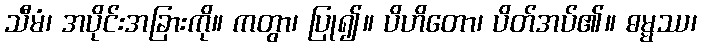
သီမံ၊ အပိုင်းအခြားကို။ ကတွာ၊ ပြု၍။ ပိဟိတော၊ ပိတ်အပ်၏။ ဓမ္မဿ၊